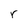
Character: r